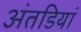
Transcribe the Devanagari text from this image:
अंतडियां